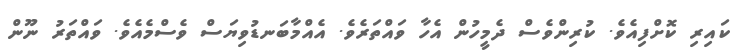
ކައިރި ކޮށްފިއެވެ. ކުރިންވެސް ދެމީހުން އެހާ ވައްތަރެވެ. އެއްމާބަނޑުވިޔަސް ވެސްމެއެވެ. ވައްތަރު ނޫން